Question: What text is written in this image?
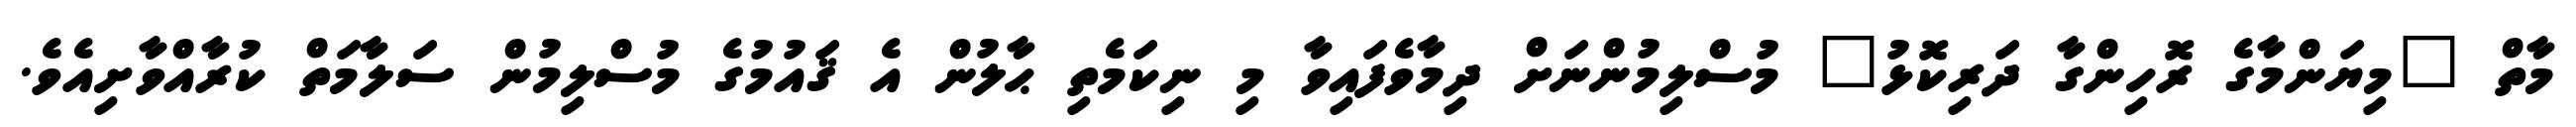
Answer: މާތް "މިޔަންމާގެ ރޮހިންގާ ދަރިކޮޅު" މުސްލިމުންނަށް ދިމާވެފައިވާ މި ނިކަމެތި ޙާލުން އެ ޤައުމުގެ މުސްލިމުން ސަލާމަތް ކުރާއްވާށިއެވެ.